Treatise on elephants
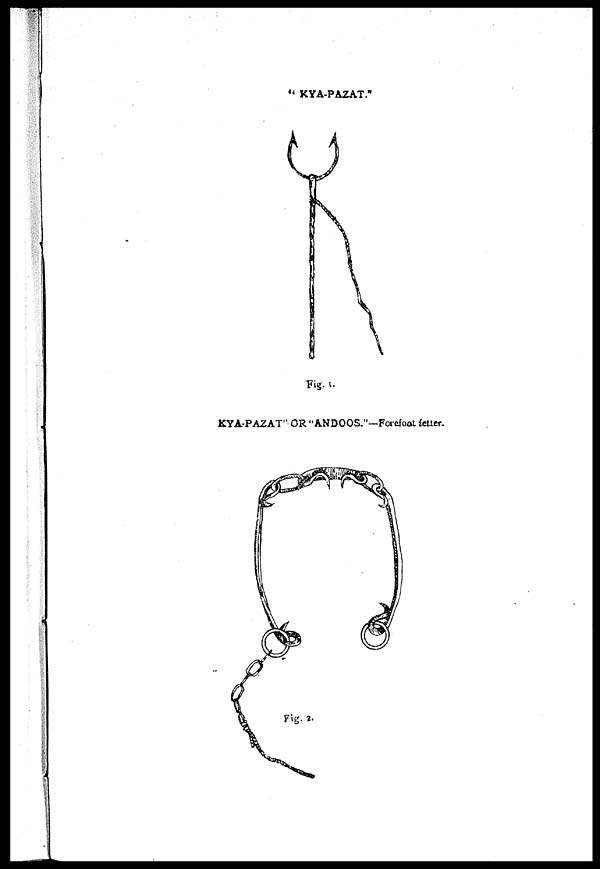
" KYA-PAZAT."
Fig. 1.
KYA-PAZAT" OR ''ANDOOS."–– Forefoot fetter.
Fig. 2.